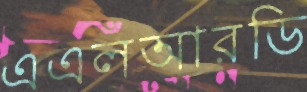
এএলআরডি